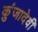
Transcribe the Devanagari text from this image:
कुंजादेवी